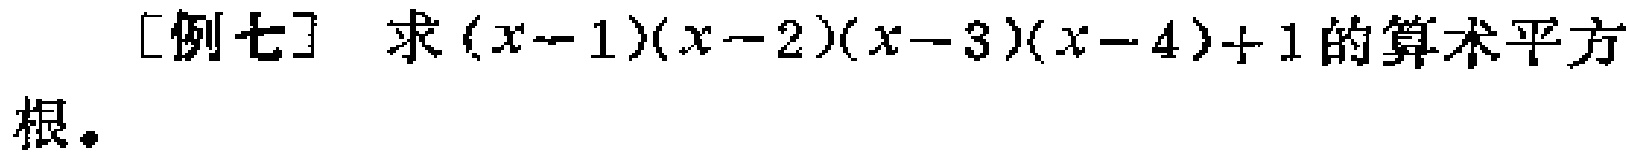
[例七] 求\((x - 1)(x - 2)(x - 3)(x - 4)+1\)的算术平方根。